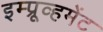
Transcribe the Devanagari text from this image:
इम्प्रूव्हमेंट